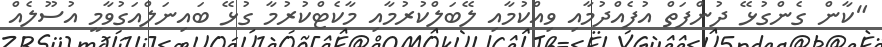
"ކާން ގެންގުޅޭ ދުންފަތް އުފެއްދުމާއި ވިއްކުމާއި ލޭބަލްކުރުމާއި މާކެޓްކުރުމާ ގުޅޭ ބައިނަލްއަގުވާމީ އުސޫލެއް